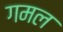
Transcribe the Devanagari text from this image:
गमल